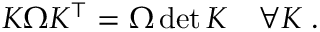
\begin{array} { r } { K \Omega K ^ { \intercal } = \Omega \operatorname* { d e t } { K } \quad \forall K \; . } \end{array}